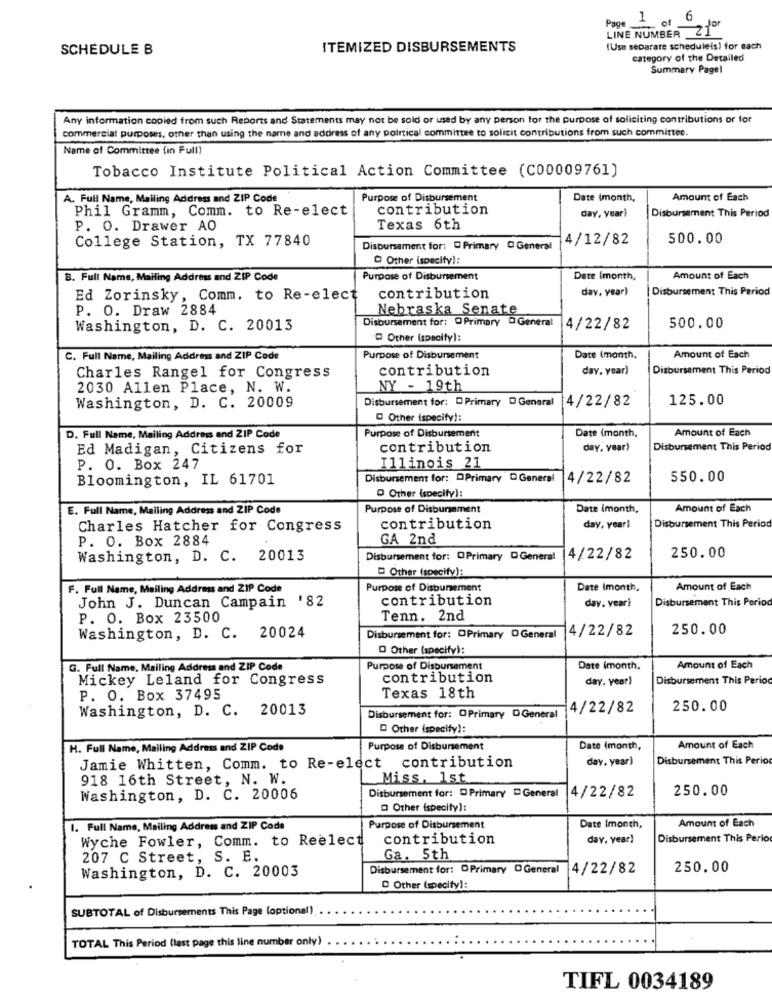
1 , 6
Page
LINE NUMBER 21º
SCHEDULE B
ITEMIZED DISBURSEMENTS
(Usa separate scheduleis) for each
category of the Detailed
Summary Pagel
Any information copied from such Reports and Statements may not be sold or used by any person for the purpose of soliciting contributions or for
commercial purposes, other than using the name and address of any political committee to solicit contributions from such committee.
Name of Committee (in Full)
Tobacco Institute Political Action Committee (C00009761)
A. Full Name, Mailing Address and ZIP Code
Purpose of Disbursement
Date (month,
Amount of Each
Phil Gramm, Comm. to Re-elect
contribution
Disbursement This Period
day, year)
P. O. Drawer AO
Texas 6th
College Station, TX 77840
4/12/82
500.00
Disbursement for: D Primary O General
Other (specify):
B. Full Name, Mailing Address and ZIP Code
Purpose of Disbursement
Date (month,
Amount of Each
day, year)
Disbursement This Period
Ed Zorinsky, Comm. to Re-elect
contribution
P. O. Draw 2884
Nebraska Senate
Disbursement for: OPrimary DGeneral
Washington, D. C. 20013
4/22/82
500.00
Other (specify):
C. Full Name, Mailing Address and ZIP Code
Purpose of Disbursement
Date (month,
Amount of Each
Charles Rangel for Congress
contribution
day. year)
Disbursement This Period
2030 Allen Place, N. W.
NY - 19th
Disbursement for: D Primary D General
4/22/82
125.00
Washington, D. C. 20009
@ Other (specify !:
Amount of Each
D. Full Name, Mailing Address and ZIP Code
Purpose of Disbursement
Date (month,
Ed Madigan, Citizens for
contribution
day, year)
Disbursement This Period
P. O. Box 247
Illinois 21
Bloomington, IL 61701
Disbursement for: DPrimary DGeneral
4/22/82
550.00
O Other (specify):
E. Full Name, Mailing Address and ZIP Code
Purpose of Disbursement
Date (month,
Amount of Each
Charles Hatcher for Congress
contribution
day, year!
Disbursement This Period
P. O. Box 2884
GA 2nd
250.00
Washington, D. C. 20013
Disbursement for: DPrimary DGeneral
4/22/82
D Other (specify):
F. Full Name, Mailing Address and ZIP Code
Purpose of Disbursement
Date (month,
Amount of Each
John J. Duncan Campain '82
contribution
day, year)
Disbursement This Period
P. O. Box 23500
Tenn. 2nd
4/22/82
250.00
Washington, D. C. 20024
Disbursement for: DPrimary OGeneral
O Other (specify):
G. Full Name, Mailing Address and ZIP Code
Purpose of Disbursement
Date (month,
Amount of Each
Mickey Leland for Congress
contribution
day. year)
Disbursement This Period
P. O. Box 37495
Texas 18th
Washington, D. C. 20013
4/22/82
250.00
Disbursement for: OPrimary DGeneral
D Other (specify):
H. Full Name, Mailing Address and ZIP Code
Purpose of Disbursement
Date (month,
Amount of Each
Jamie Whitten, Comm. to Re-elect contribution
day. year)
Disbursement This Perio
918 16th Street, N. W.
Miss, 1st
Disbursement for: DPrimary DGeneral
250.00
Washington, D. C. 20006
14/22/82
D Other (specify):
Amount of Each
I. Full Name, Mailing Address and ZIP Code
Purpose of Disbursement
Date Imonth,
Wyche Fowler, Comm. to Reelect
contribution
day. year)
Disbursement This Period
207 C Street, S. E.
Ga. 5th
Washington, D. C. 20003
Disbursement for: DPrimary O General
4/22/82
250.00
D Other (specify):
SUBTOTAL of Disbursements This Page (optional)
TOTAL This Period (last page this line number only)
TIFL 0034189